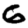
Digit: 6